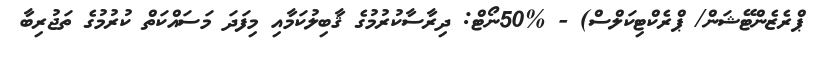
ޕްރެޒެންޓޭޝަން/ ޕްރެކްޓިކަލްސް) - %50ނޯޓް: ދިރާސާކުރުމުގެ ޤާބިލުކަމާއި މިފަދަ މަސައްކަތް ކުރުމުގެ ތަޖުރިބާ